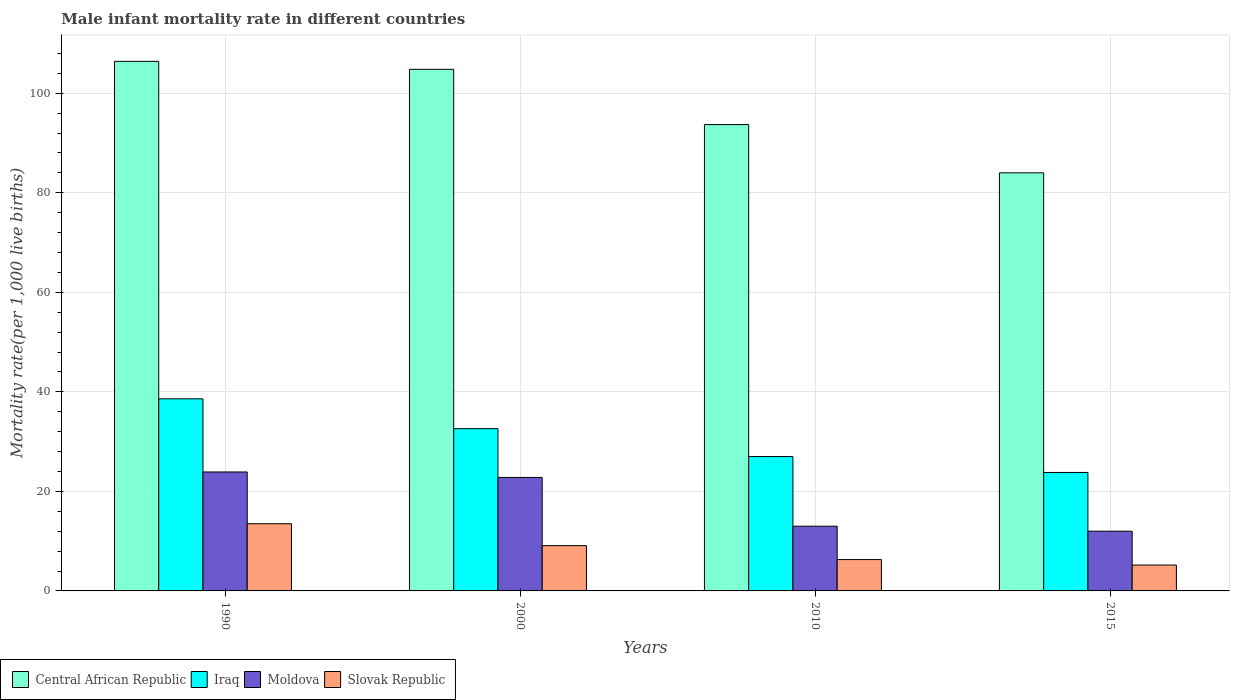
| Years | Central African Republic | Iraq | Moldova | Slovak Republic |
 | --- | --- | --- | --- | --- |
 | 1990 | 106 | 38.6 | 23.9 | 13.5 |
 | 2000 | 105 | 32.6 | 22.8 | 9.1 |
 | 2010 | 93.7 | 27 | 13 | 6.3 |
 | 2015 | 84 | 23.8 | 12 | 5.2 |